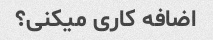
اضافه کاری میکنی؟